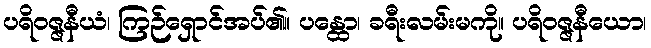
ပရိဝဇ္ဇနီယံ၊ ကြဉ်ရှောင်အပ်၏။ ပန္ထော၊ ခရီးလမ်းမကို။ ပရိဝဇ္ဇနီယော၊